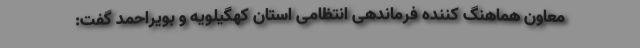
معاون هماهنگ کننده فرماندهی انتظامی استان کهگیلویه و بویراحمد گفت: